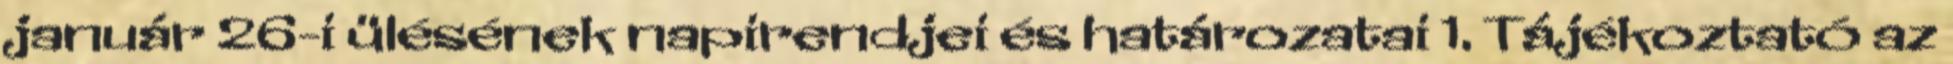
január 26-i ülésének napirendjei és határozatai 1. Tájékoztató az